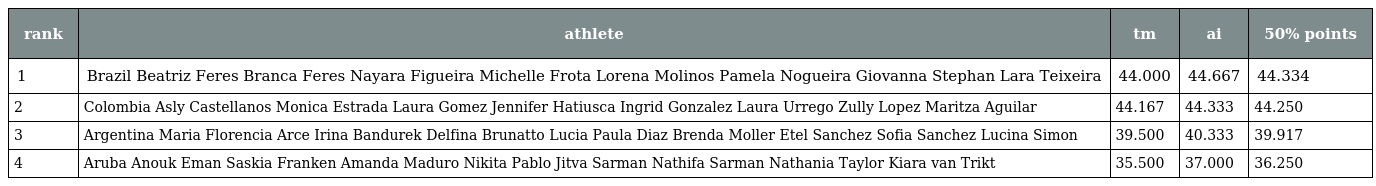
| rank | athlete | tm | ai | 50% points |
 | --- | --- | --- | --- | --- |
 | 1 | Brazil Beatriz Feres Branca Feres Nayara Figueira Michelle Frota Lorena Molinos Pamela Nogueira Giovanna Stephan Lara Teixeira | 44.000 | 44.667 | 44.334 |
 | 2 | Colombia Asly Castellanos Monica Estrada Laura Gomez Jennifer Hatiusca Ingrid Gonzalez Laura Urrego Zully Lopez Maritza Aguilar | 44.167 | 44.333 | 44.250 |
 | 3 | Argentina Maria Florencia Arce Irina Bandurek Delfina Brunatto Lucia Paula Diaz Brenda Moller Etel Sanchez Sofia Sanchez Lucina Simon | 39.500 | 40.333 | 39.917 |
 | 4 | Aruba Anouk Eman Saskia Franken Amanda Maduro Nikita Pablo Jitva Sarman Nathifa Sarman Nathania Taylor Kiara van Trikt | 35.500 | 37.000 | 36.250 |